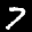
Label: 7